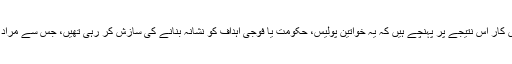
استغاثہ کا کہنا ہے کہ انڈر کور تفتیش کار اس نتیجے پر پہنچے ہیں کہ یہ خواتین پولیس، حکومت یا فوجی اہداف کو نشانہ بنانے کی سازش کر رہی تھیں، جس سے مراد اُن کے ’شدت پسند جہادی عزائم ‘ہیں۔